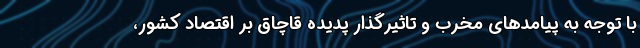
با توجه به پیامدهای مخرب و تاثیرگذار پدیده قاچاق بر اقتصاد کشور،